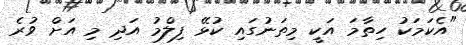
"އެކަމަކު ހިތާމަ އަކީ މިތަނުގައި ކުޅޭ ފިލްމު އަދި މި އަށް ވުރެ